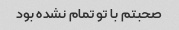
صحبتم با تو تمام نشده بود